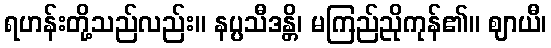
ရဟန်းတို့သည်လည်း။ နပ္ပသီဒန္တိ၊ မကြည်ညိုကုန်၏။ ဈာယီ၊